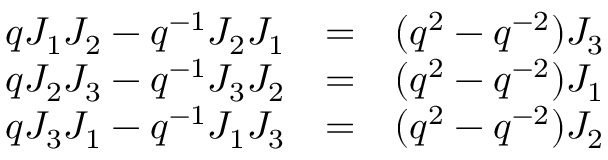
\begin{array} { l c r } { { q J _ { 1 } J _ { 2 } - q ^ { - 1 } J _ { 2 } J _ { 1 } } } & { { = } } & { { ( q ^ { 2 } - q ^ { - 2 } ) J _ { 3 } } } \\ { { q J _ { 2 } J _ { 3 } - q ^ { - 1 } J _ { 3 } J _ { 2 } } } & { { = } } & { { ( q ^ { 2 } - q ^ { - 2 } ) J _ { 1 } } } \\ { { q J _ { 3 } J _ { 1 } - q ^ { - 1 } J _ { 1 } J _ { 3 } } } & { { = } } & { { ( q ^ { 2 } - q ^ { - 2 } ) J _ { 2 } } } \end{array}